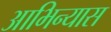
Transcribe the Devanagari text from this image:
आभिन्यास